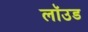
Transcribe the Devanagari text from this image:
लॉउड